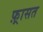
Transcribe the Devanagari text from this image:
फ़्रासत